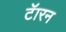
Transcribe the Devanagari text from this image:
टॅारन